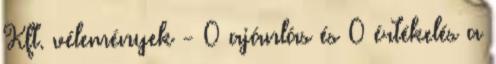
Kft. vélemények - 0 ajánlás és 0 értékelés a